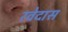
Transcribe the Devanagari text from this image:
रवेदास